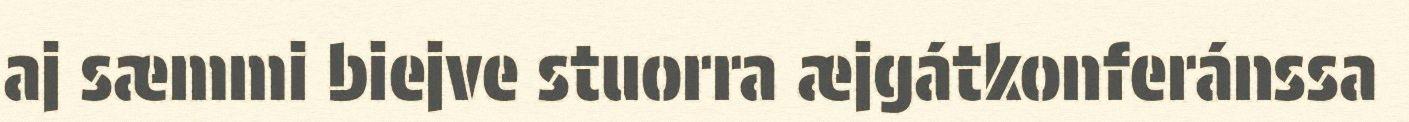
aj sæmmi biejve stuorra æjgátkonferánssa